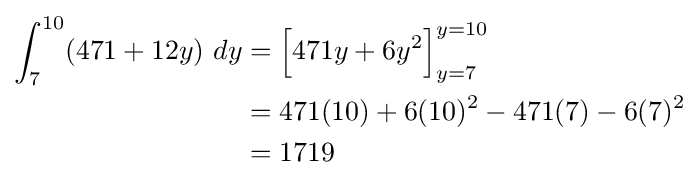
{\begin{aligned}\int _{7}^{10}(471+12y)\ dy&={\Big [}471y+6y^{2}{\Big ]}_{y=7}^{y=10}\\&=471(10)+6(10)^{2}-471(7)-6(7)^{2}\\&=1719\end{aligned}}